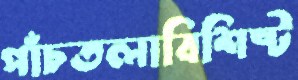
পাঁচতলাবিশিষ্ট